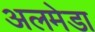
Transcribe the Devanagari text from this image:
अलमेडा